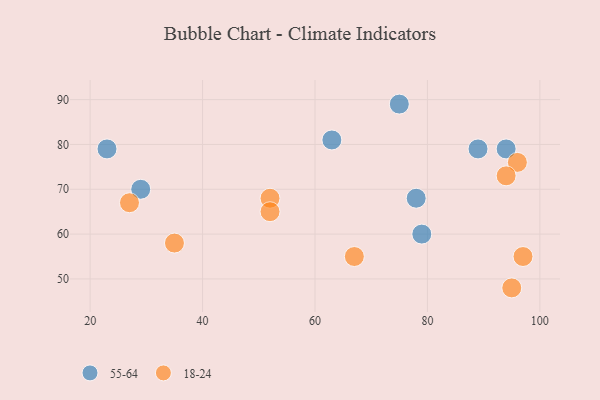
{"axis": {"x": "GDP", "y": "Life Expectancy"}, "legend": ["18-24", "55-64"], "data": [{"x": "89", "y": 79, "type": "55-64"}, {"x": "94", "y": 79, "type": "55-64"}, {"x": "79", "y": 60, "type": "55-64"}, {"x": "23", "y": 79, "type": "55-64"}, {"x": "78", "y": 68, "type": "55-64"}, {"x": "75", "y": 89, "type": "55-64"}, {"x": "29", "y": 70, "type": "55-64"}, {"x": "63", "y": 81, "type": "55-64"}, {"x": "96", "y": 76, "type": "18-24"}, {"x": "94", "y": 73, "type": "18-24"}, {"x": "35", "y": 58, "type": "18-24"}, {"x": "52", "y": 68, "type": "18-24"}, {"x": "27", "y": 67, "type": "18-24"}, {"x": "95", "y": 48, "type": "18-24"}, {"x": "52", "y": 65, "type": "18-24"}, {"x": "67", "y": 55, "type": "18-24"}, {"x": "97", "y": 55, "type": "18-24"}]}